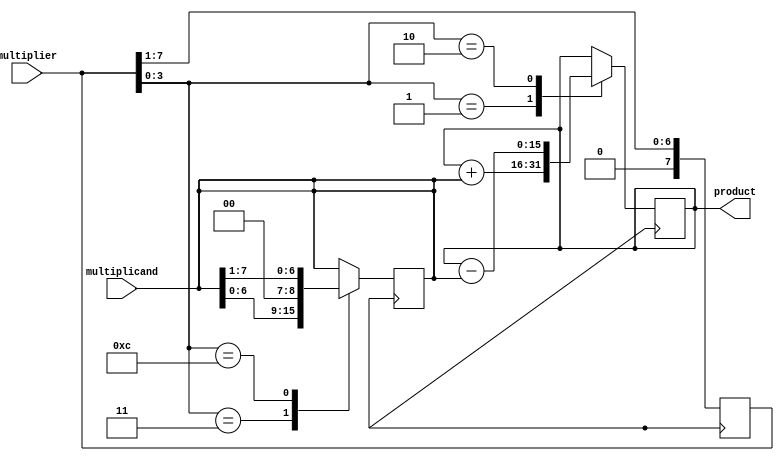
module booth_multiplier (
    input [7:0] multiplicand,
    input [7:0] multiplier,
    output reg [15:0] product
);

reg [7:0] A;
reg [7:0] S;
reg [3:0] count;

always @ (multiplicand, multiplier)
begin
    A <= multiplicand;
    S <= {8'b0, multiplier};
    count <= 4'b0000;
end

always @ (posedge clk)
begin
    case (S[3:0])
        4'b0001:   //S = 1
            begin
                product <= product + A;
                S <= S >> 1;
            end
        4'b0010:   //S = -1
            begin
                product <= product - A;
                S <= S >> 1;
            end
        4'b0011:   //S = 2
            begin
                A <= A << 1;
                S <= S >> 1;
            end
        4'b1100:   //S = -2
            begin
                A <= A >> 1;
                S <= S >> 1;
            end
        default:
            begin
                S <= S >> 1;
            end
    endcase
    count <= count + 1;
    if (count == 8)
        count <= 4'b0000;
end

endmodule